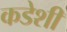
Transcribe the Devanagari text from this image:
कडेशी